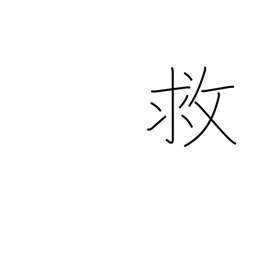
Meaning: help